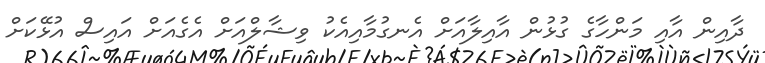
ދާއިން އާއި މަންހާގެ ގުޅުން އާއިލާއަށް އެނގުމާއިއެކު ވިޝާލްއަށް އެގެއަށް އައިސް އުޅޭކަށް